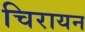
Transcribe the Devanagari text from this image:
चिरायन